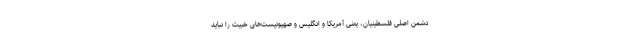
دشمن اصلی فلسطینیان، یعنی آمریکا و انگلیس و صهیونیست‌های خبیث را نباید